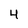
Character: 4